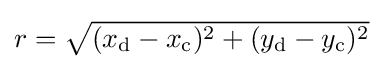
{\textstyle r={\sqrt {(x_{\mathrm {d} }-x_{\mathrm {c} })^{2}+(y_{\mathrm {d} }-y_{\mathrm {c} })^{2}}}}